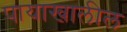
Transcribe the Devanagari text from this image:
पायाखालील